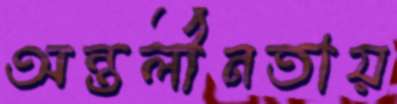
অন্তর্লীনতায়